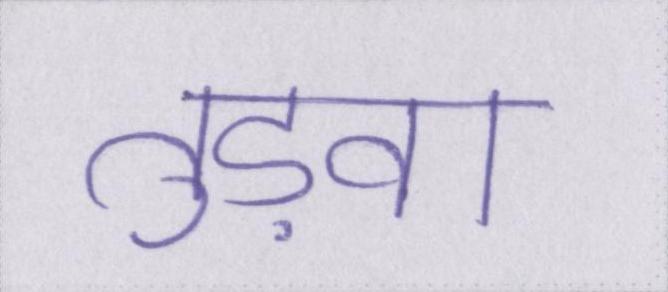
तुड़वा